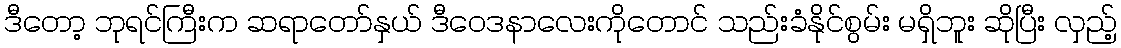
ဒီတော့ ဘုရင်ကြီးက ဆရာတော်နှယ် ဒီဝေဒနာလေးကိုတောင် သည်းခံနိုင်စွမ်း မရှိဘူး ဆိုပြီး လှည့်